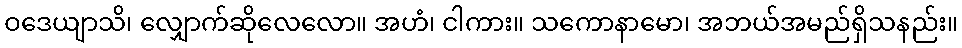
ဝဒေယျာသိ၊ လျှောက်ဆိုလေလော။ အဟံ၊ ငါကား။ သကောနာမော၊ အဘယ်အမည်ရှိသနည်း။